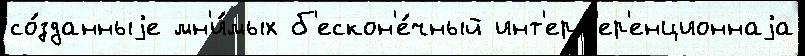
со́зданныjе мн'и́мых б'ескон'е́чный инт'ерф'ер'енционнаjа